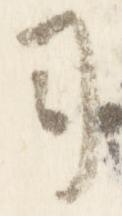
司